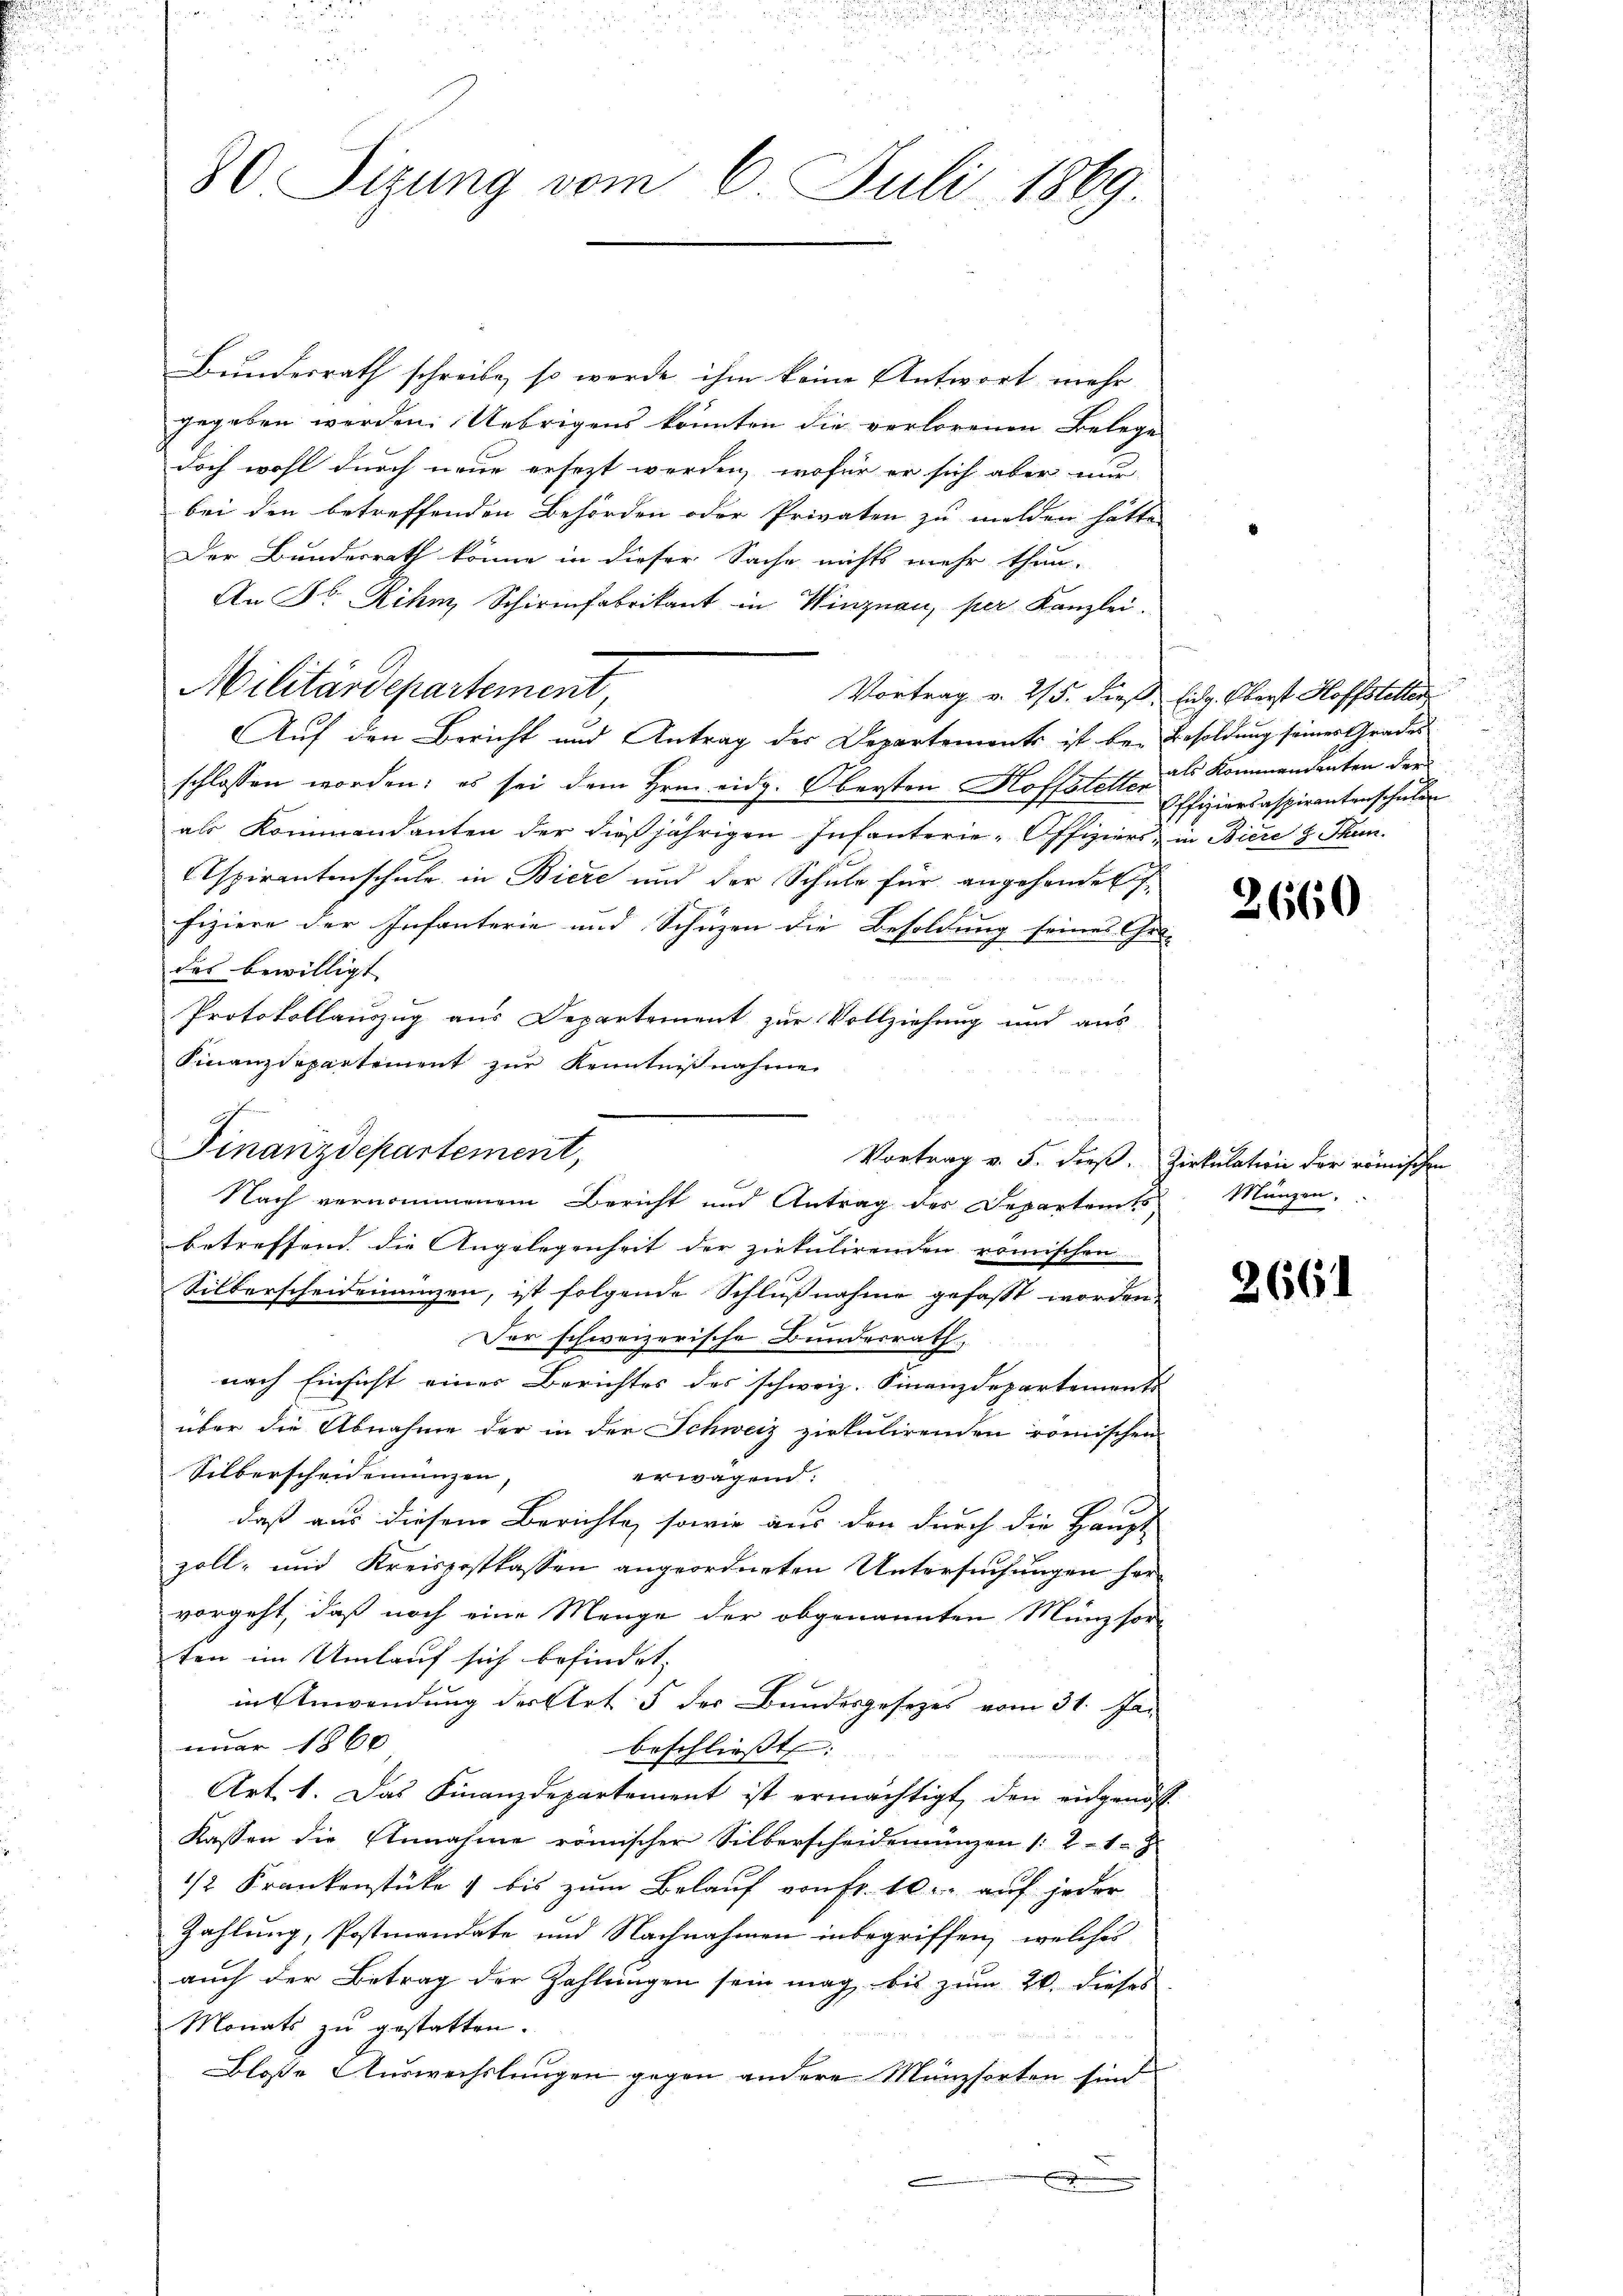
80 Sizung vom 6. Juli 1869.

Bundesrath schreibe, so werde ihm keine Antwort mehr
gegeben werden. Uebrigens könnten die verlorenen Belege
doch wohl durch neue ersezt werden, wofür er sich aber nur
bei den betreffenden Behörden oder Privaten zu melden hätte.
Der Bundesrath könne in dieser Sache nichts mehr thun.
An Dr. Rihm, Schirmfabrikant in Winznau, per Kanzlei.
Militärdepartement
Vortrag v. 215. dieß, Eidg. Oberst Hoffsteller
Auf den Bericht und Antrag der Departements ist bei Besoldung seiner Grades
schlossen worden; es sei dem Hrn. eidg. Obersten Hoffstatten ds Kommandanten der
als Kommandanten der dießjährigen Infanterie-Offiziers, in Biere z. Thun.
Aspirantenschule in Biere und der Schule für angehendet
fiziere der Infanterie und Schuzen die Besoldung seines Grä- |
das bewilligt. |
  5 x
Protokollauszug aus Departement zur Vollziehung und aus
Finanzdepartement zur Kenntnißnahme
Finanzdepartement,
betreffend die Angelegenheit der ziekulirenden römischen
Silberscheidenaizen, ist folgende Schlußnahme gefasst worden.
Der schweizerische Bundesrath
nach Einsicht eines Berichtes des schweiz. Finanzdepartemente |
über die Abnahme der in der Schweiz zirkulirenden römischen
Silberscheidenungen,
erwagend:
daß aus diesem Berichte, sowie aus den durch die Haupt-
zoll- und Kreispostkassen angeordneten Untersuchungen hervorgeht, daß noch eine Menge der obgenannten Münzsor-
ten im Umlauf sich befindet,
in Anwendung der Art. 5 der Bundesgesezes vom 31. Januar 1860
beschliesst. |
Art. 1. Das Finanzdepartement ist ermächtigt, den eidgenöss
Kassen die Annahme römischer Silberscheidemünzen /:21.
1/2 Krankenstücke bis zum Belauf von fr. 10. auf jeder
Zahlung, Postmandate und Nachnahmen inbegriffen, welches
auch der Betrag der Zahlungen sein mag bis zum 20. dieses
Monats zu gestatten.
Bloße Auswechslungen gegen andere Münzsorten sind
.

Nach vernommenem Bericht und Antrag des Departents

Vortrag v. 5. dieß. Zirkulation der römischen

e

Offiziersaspiranterschulen

2660

Münzen.

2661